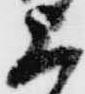
上